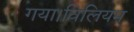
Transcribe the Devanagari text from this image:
गया।विलियम